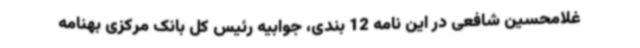
غلامحسین شافعی در این نامه 12 بندی، جوابیه رئیس کل بانک مرکزی بهنامه